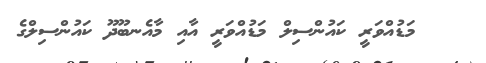
މަޑުއްވަރީ ކައުންސިލް މަޑުއްވަރީ އާއި މާއެނބޫދޫ ކައުންސިލްގެ